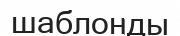
шаблонды